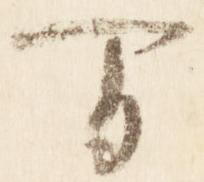
間